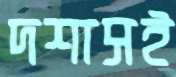
দশাসই